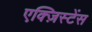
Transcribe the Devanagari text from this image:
एक्ज़िस्टेंस